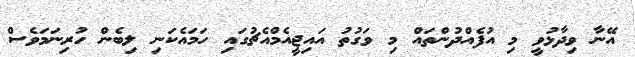
އޭނާ ވިދާޅުވީ މި އުފެއްދުންތައް މި ވަގުތު އައިޖީއެމްއެޗުގައި ހަމައެކަނި ލިބެން ހުރިނަމަވެސް